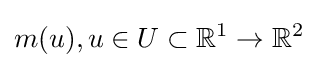
m(u),u\in U\subset {\mathbb {R} }^{1}\rightarrow {\mathbb {R} }^{2}